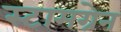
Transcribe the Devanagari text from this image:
स्टामग्रेन